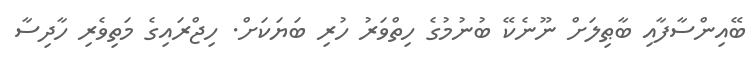
ބޭއިންސާފާއި ބާޠިލަށް ނޫނެކޭ ބުނުމުގެ ހިތްވަރު ހުރި ބަޔަކަށް. ހިޖްރައިގެ މަތިވެރި ހާދިސާ